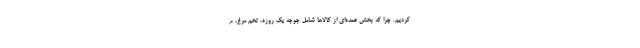
کردیم. چرا که بخش عمده‌ای از کالاها شامل جوجه یک روزه، تخم مرغ، م